Civil Veterinary Department. Central Provinces & Berar 1932-41 - 1932-1941
Year: 1932
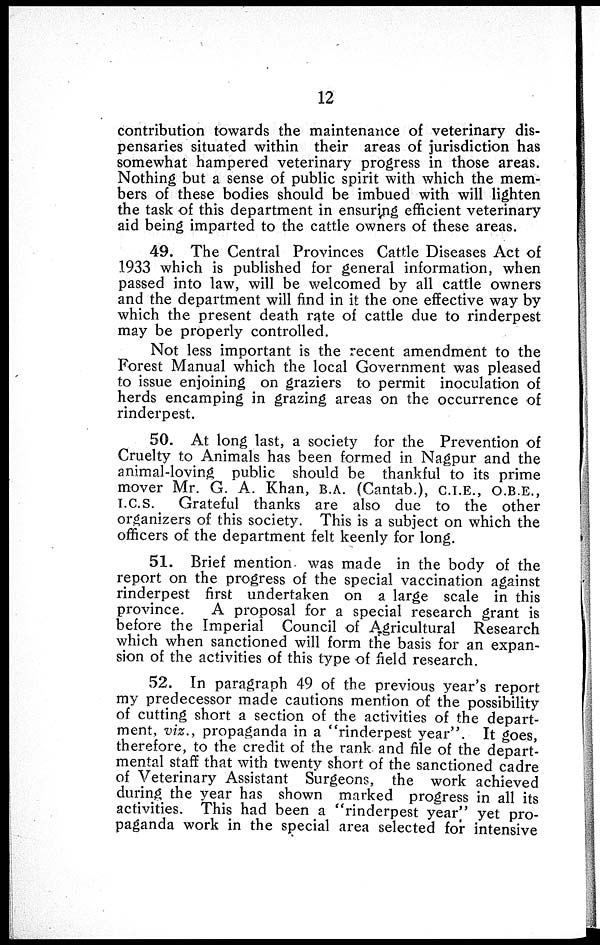
12
contribution towards the maintenance of veterinary dis-
pensaries situated within their areas of jurisdiction has
somewhat hampered veterinary progress in those areas.
Nothing but a sense of public spirit with which the mem-
bers of these bodies should be imbued with will lighten
the task of this department in ensuring efficient veterinary
aid being imparted to the cattle owners of these areas.
49. The Central Provinces Cattle Diseases Act of
1933 which is published for general information, when
passed into law, will be welcomed by all cattle owners
and the department will find in it the one effective way by
which the present death rate of cattle due to rinderpest
may be properly controlled.
Not less important is the recent amendment to the
Forest Manual which the local Government was pleased
to issue enjoining on graziers to permit inoculation of
herds encamping in grazing areas on the occurrence of
rinderpest.
50. At long last, a society for the Prevention of
Cruelty to Animals has been formed in Nagpur and the
animal-loving public should be thankful to its prime
mover Mr. G. A. Khan, B.A. (Cantab.), C.I.E., O.B.E.,
I.C.S. Grateful thanks are also due to the other
organizers of this society. This is a subject on which the
officers of the department felt keenly for long.
51. Brief mention was made in the body of the
report on the progress of the special vaccination against
rinderpest first undertaken on a large scale in this
province.
A proposal for a special research grant is
before the Imperial Council of Agricultural Research
which when sanctioned will form the basis for an expan-
sion of the activities of this type of field research.
52. In paragraph 49 of the previous year's report
my predecessor made cautions mention of the possibility
of cutting short a section of the activities of the depart-
ment, viz., propaganda in a "rinderpest year". It goes,
therefore, to the credit of the rank and file of the depart-
mental staff that with twenty short of the sanctioned cadre
of Veterinary Assistant Surgeons, the work achieved
during the year has shown marked progress in all its
activities. This had been a "rinderpest year'' yet pro-
paganda work in the special area selected for intensive